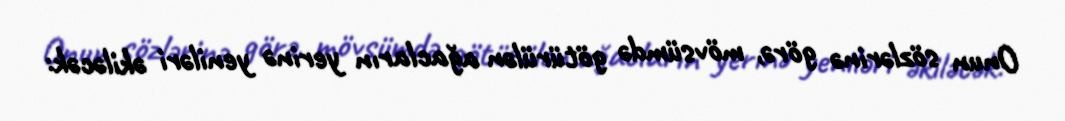
Onun sözlərinə görə, mövsümdə götürülən ağacların yerinə yeniləri əkiləcək: